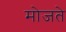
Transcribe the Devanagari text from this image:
मोजते